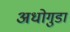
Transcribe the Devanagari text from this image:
अधोगुडा